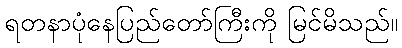
ရတနာပုံနေပြည်တော်ကြီးကို မြင်မိသည်။